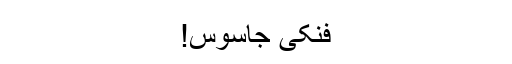
فنکی جاسوس!